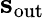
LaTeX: \mathbf{s}_{\mathrm{out}}